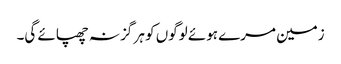
زمین مرے ہوئے لوگوں کو ہر گز نہ چھپائے گی۔